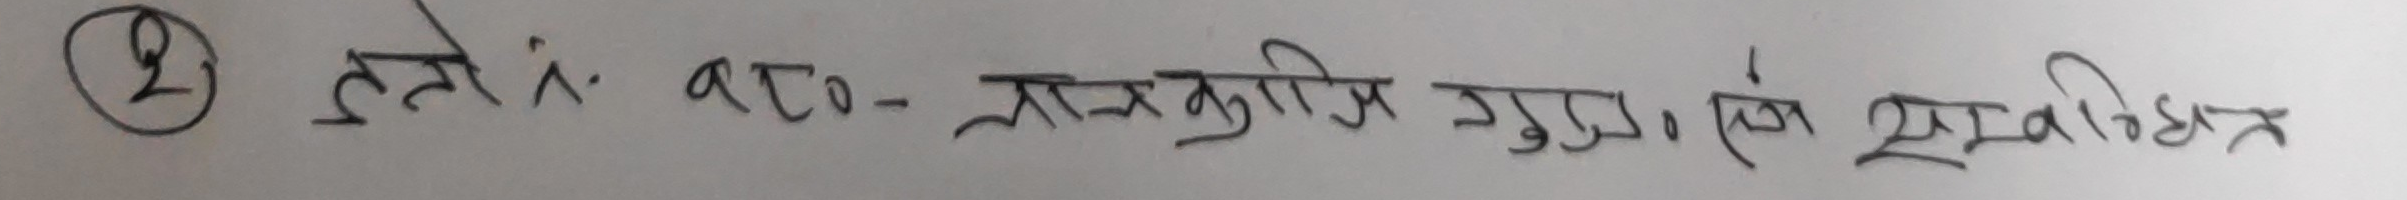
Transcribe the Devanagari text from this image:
2 हतेः ब८० - प्राकृतित गुण एवं सर्वोत्तम